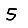
Digit: 5